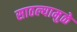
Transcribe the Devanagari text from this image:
साठल्यामुळे